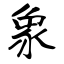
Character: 象